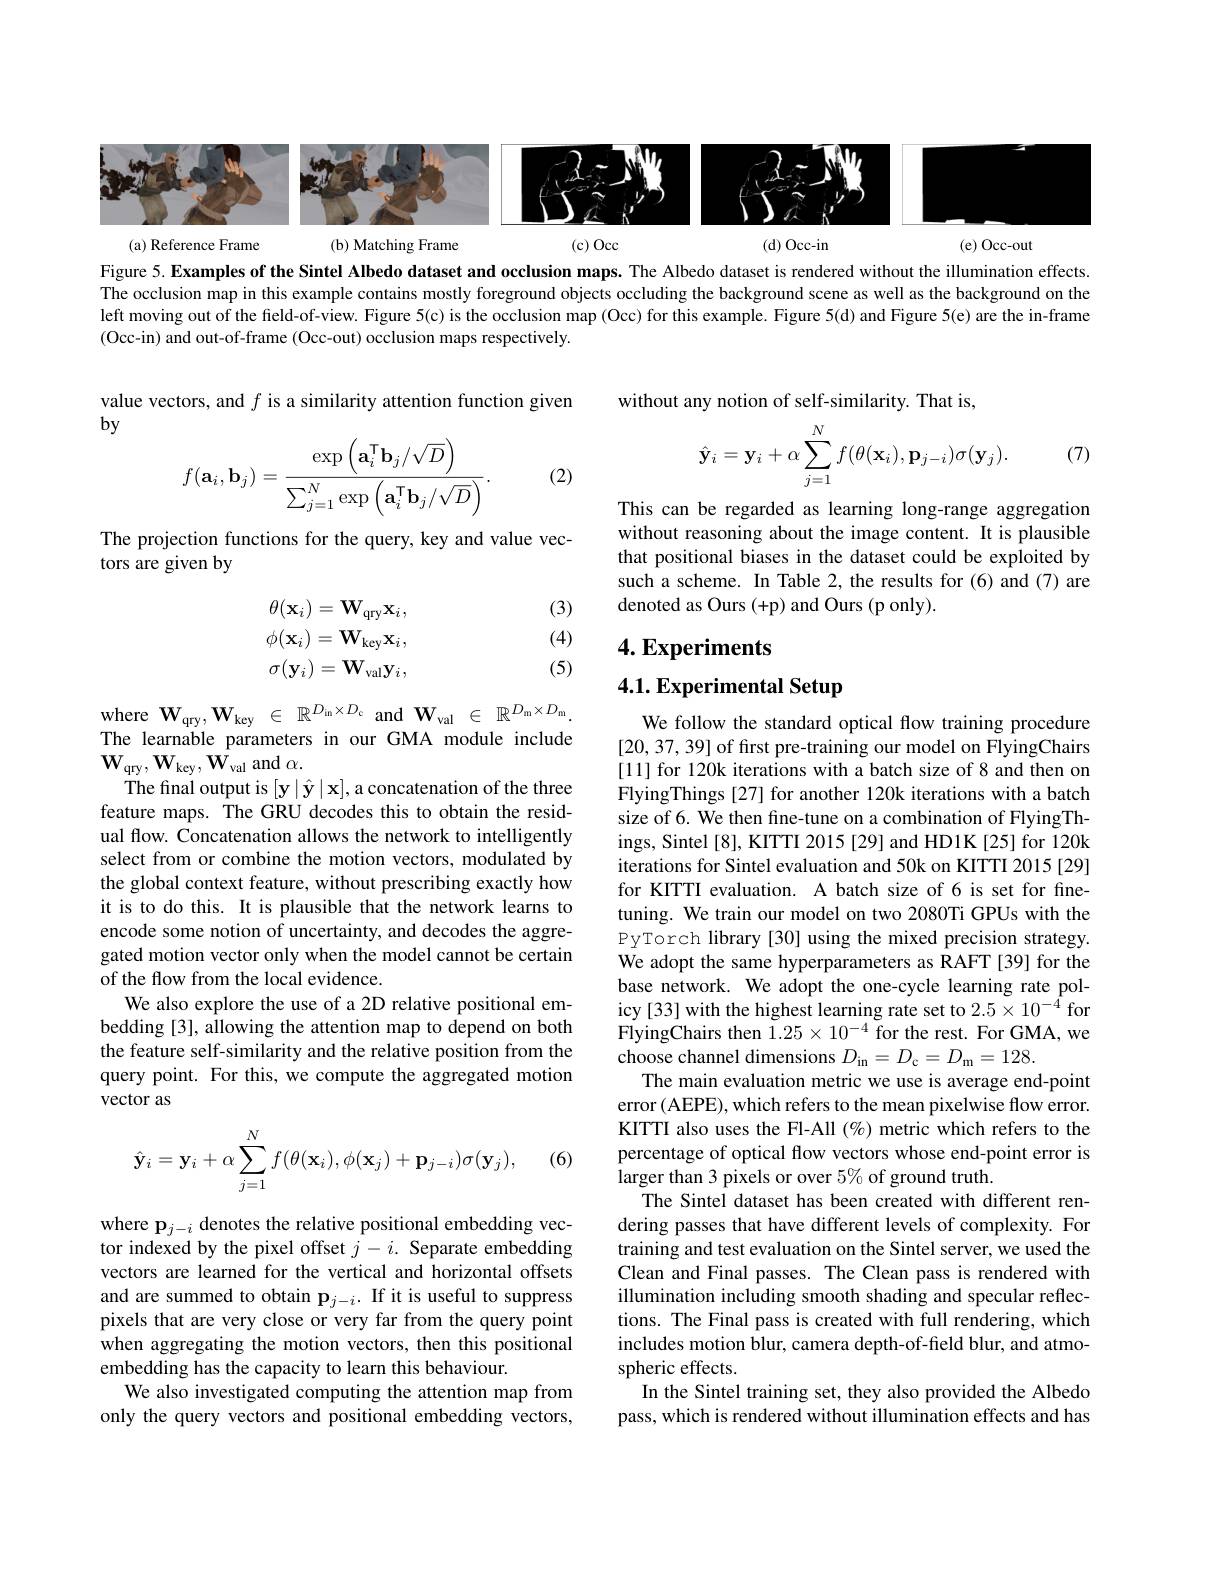
<FigureHere>
$(c)Occ$
(d) Occ-in
(a) Reference Frame
(b) Matching Frame
(e) Occ-out

Figure 5. Examples of the Sintel Albedo dataset and occlusion maps. The Albedo dataset is rendered without the illumination effects. The occlusion map in this example contains mostly foreground objects occluding the background scene as well as the background on the left moving out of the field-of-view. Figure 5(c) is the occlusion map (Occ) for this example. Figure 5(d) and Figure 5(e) are the in-frame (Occ-in) and out-of-frame (Occ-out) occlusion maps respectively

without any notion of self-similarity. That is,

value vectors, and $f$ is a similarity attention function given
$by$
$$f(\mathbf{a}_i,\mathbf{b}_j)=\dfrac{\exp\left(\mathbf{a}_i^\mathsf{T}\mathbf{b}_j/\sqrt{D}\right)}{\sum_{j=1}^N\exp\left(\mathbf{a}_i^\mathsf{T}\mathbf{b}_j/\sqrt{D}\right)}.$$
(7)
$$\hat{\mathbf{y}}_i=\mathbf{y}_i+\alpha\sum_{j=1}^Nf(\theta(\mathbf{x}_i),\mathbf{p}_{j-i})\sigma(\mathbf{y}_j).$$
(2)

The projection functions for the query, key and value vec-
tors are given by

This can be regarded as learning long-range aggregation without reasoning about the image content. It is plausible that positional biases in the dataset could be exploited by such a scheme. In Table 2, the results for (6) and (7) are denoted as Ours (+p) and Ours (p only).

(3)

(4)
$$\theta(\mathbf{x}_{i})=\mathbf{W}_{\mathrm{qry}}\mathbf{x}_{i},\\\phi(\mathbf{x}_{i})=\mathbf{W}_{\mathrm{key}}\mathbf{x}_{i},\\\sigma(\mathbf{y}_{i})=\mathbf{W}_{\mathrm{val}}\mathbf{y}_{i},$$
4. Experiments

4.1. Experimental Setup

(5)

where $\mathbf{W}_{\mathrm{qry}},\mathbf{W}_{\mathrm{key}}\in\mathbb{R}^{D_{\mathrm{in}}\times D_{\mathrm{c}}}$ and$\mathbf{W}_{\mathrm{val}}\in\mathbb{R}^{D_{\mathrm{m}}\times D_{\mathrm{m}}}.$ The learnable parameters in our GMA module include $\mathbf{W}_{\mathrm{qry}},\mathbf{W}_{\mathrm{key}},\mathbf{W}_{\mathrm{val}}$ and $\alpha.$
The final output is $[\mathbf{y}\mid\hat{\mathbf{y}}\mid\mathbf{x}]$,a concatenation of the three feature maps. The GRU decodes this to obtain the residual flow. Concatenation allows the network to intelligently select from or combine the motion vectors, modulated by the global context feature, without prescribing exactly how it is to do this. It is plausible that the network learns to encode some notion of uncertainty, and decodes the aggregated motion vector only when the model cannot be certain of the flow from the local evidence.
We also explore the use of a 2D relative positional embedding [3], allowing the attention map to depend on both the feature self-similarity and the relative position from the query point. For this, we compute the aggregated motion vector as

We follow the standard optical flow training procedure [20,37,39] of first pre-training our model on FlyingChairs [11] for 120k iterations with a batch size of 8 and then on FlyingThings [27] for another 120k iterations with a batch size of 6. We then fine-tune on a combination of FlyingThings, Sintel [8], KITTI 2015 [29] and HD1K[25] for 120k iterations for Sintel evaluation and 50k on KITTI 2015[29] for KITTI evaluation. A batch size of 6 is set for finetuning. We train our model on two 2080Ti GPUs with the PyTorch library [30] using the mixed precision strategy. We adopt the same hyperparameters as RAFT [39] for the base network. We adopt the one-cycle learning rate policy[33] with the highest learning rate set to $2.5\times10^{-\tilde{4}}$ for FlyingChairs then $\tilde{1}.25\times10^{-4}$ for the rest. For GMA, we choose channel dimensions $D_\mathrm{in}=D_\mathrm{c}=D_\mathrm{m}=128$
The main evaluation metric we use is average end-point error (AEPE), which refers to the mean pixelwise flow error. KITTI also uses the Fl-All $(\%)$ metric which refers to the percentage of optical flow vectors whose end-point error is larger than 3 pixels or over $5\%$ of ground truth.
The Sintel dataset has been created with different rendering passes that have different levels of complexity. For training and test evaluation on the Sintel server, we used the Clean and Final passes. The Clean pass is rendered with illumination including smooth shading and specular reflections. The Final pass is created with full rendering, which includes motion blur, camera depth-of-field blur, and atmospheric effects.
In the Sintel training set, they also provided the Albedo pass, which is rendered without illumination effects and has
$$\hat{\mathbf{y}}_i=\mathbf{y}_i+\alpha\sum_{j=1}^Nf(\theta(\mathbf{x}_i),\phi(\mathbf{x}_j)+\mathbf{p}_{j-i})\sigma(\mathbf{y}_j),$$
(6)

where $\mathbf{p}_{j-i}$ denotes the relative positional embedding vector indexed by the pixel offset $j-i.$ Separate embedding vectors are learned for the vertical and horizontal offsets and are summed to obtain $\mathbf{p}_{j-i}.$ If it is useful to suppress pixels that are very close or very far from the query point when aggregating the motion vectors, then this positional embedding has the capacity to learn this behaviour.
We also investigated computing the attention map from only the query vectors and positional embedding vectors,